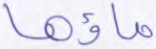
ماؤها